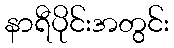
နာရီပိုင်းအတွင်း